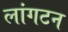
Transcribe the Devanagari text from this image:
लांगटन